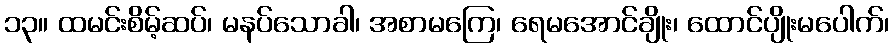
၁၃။ ထမင်းစိမ့်ဆပ်၊ မနပ်သောခါ၊ အစာမကြေ၊ ရေမအောင်ချိုး၊ ထောင်ပျိုးမပေါက်၊